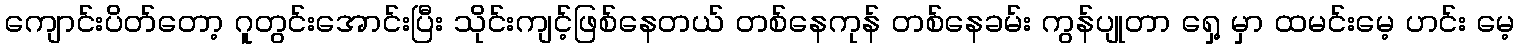
ကျောင်းပိတ်တော့ ဂူတွင်းအောင်းပြီး သိုင်းကျင့်ဖြစ်နေတယ် တစ်နေကုန် တစ်နေခမ်း ကွန်ပျုတာ ရှေ့ မှာ ထမင်းမေ့ ဟင်း မေ့